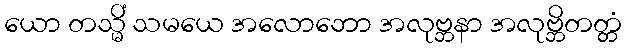
ယော တသ္မိံ သမယေ အလောဘော အလုဗ္ဘနာ အလုဗ္ဘိတတ္တံ